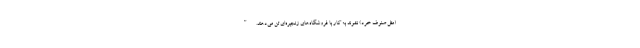
(مثل صنوف خرد) نشوند به کار با فروشگاه‌های زنجیره‌ای تن می‌دهند."